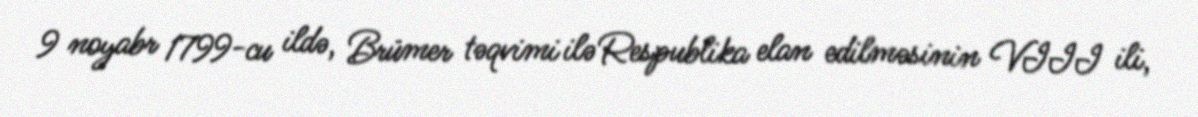
9 noyabr 1799-cu ildə, Brümer təqvimi ilə Respublika elan edilməsinin VIII ili,